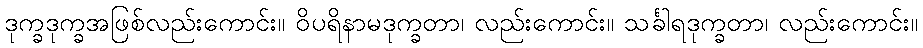
ဒုက္ခဒုက္ခအဖြစ်လည်းကောင်း။ ဝိပရိနာမဒုက္ခတာ၊ လည်းကောင်း။ သင်္ခါရဒုက္ခတာ၊ လည်းကောင်း။